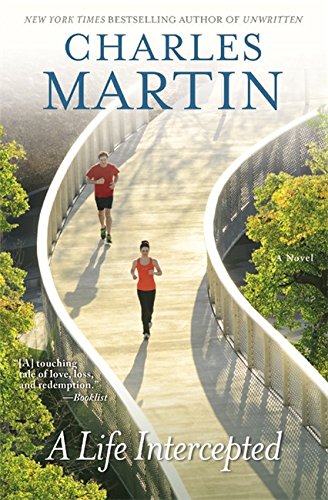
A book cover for A Life Intercepted: A Novel; Charles Martin; Romance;